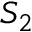
S _ { 2 }